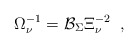
\begin{align*}\Omega _\nu ^{-1}=\mathcal{B}_\Sigma \Xi _\nu ^{-2}\;\;,\;\;\end{align*}